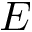
E